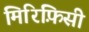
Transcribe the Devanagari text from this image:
मिरिफ़िसी